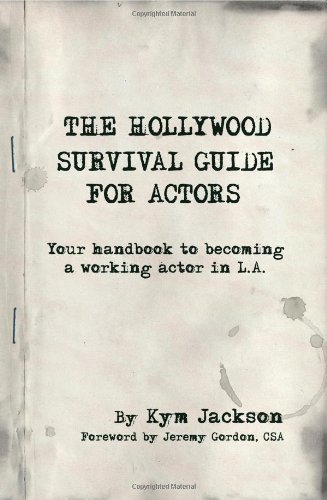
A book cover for The Hollywood Survival Guide for Actors: Your Handbook to Becoming a Working Actor in La; Kym Jackson; Business & Money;